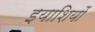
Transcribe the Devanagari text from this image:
इयाशियों